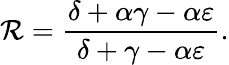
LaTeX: \mathcal{R}=\frac{\delta+\alpha\gamma-\alpha\varepsilon}{\delta+\gamma-\alpha\varepsilon}.